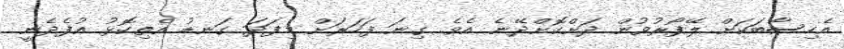
އެހިސާބަކަށް ލޭފޯރުވުން ދަށްކޮށްދޭނެ އެވެ. ގިނަ ފަހަރަށް މިފަދަ ގަނޑު އެތިކޮޅު އުފެދެނީ